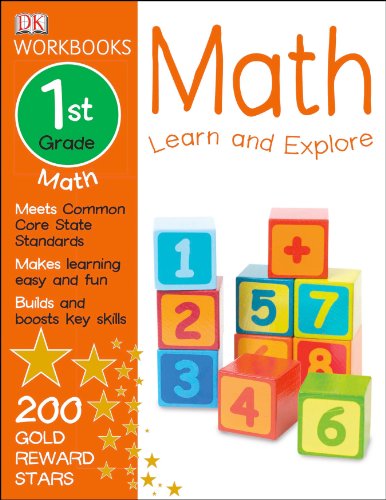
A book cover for DK Workbooks: Math, First Grade; DK Publishing; Children's Books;